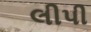
લીપી